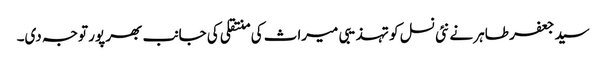
سید جعفر طاہر نے نئی نسل کو تہذیبی میراث کی منتقلی کی جانب بھر پور توجہ دی۔